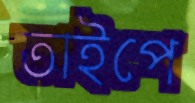
তাইপে